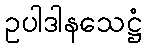
ဥပါဒါနသေဋ္ဌံ